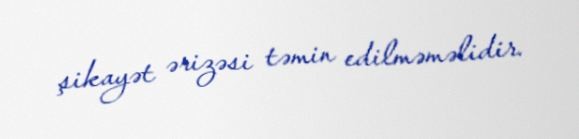
şikayət ərizəsi təmin edilməməlidir.